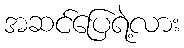
အဆင်ပြေရဲ့လား